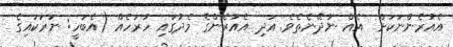
އެއުރެންނަކަށް  އެއް ނުދޭނެތެވެ. އަދި އެއުރެންގެ މެދުގައި ހުރަހެއް (އެބަހީ: ނަރަކައިގެ